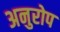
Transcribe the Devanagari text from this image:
अनुरोप